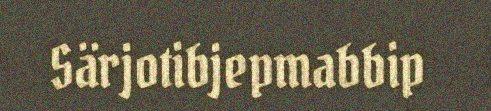
Särjotibjepmabbip